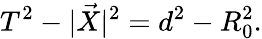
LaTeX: T^{2}-|\vec{X}|^{2}=d^{2}-R_{0}^{2}.